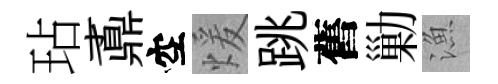
玷鼒空煖跳舊勦漁